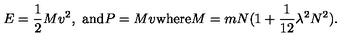
E = { \frac { 1 } { 2 } } M v ^ { 2 } , \ \mathrm { a n d } P = M v \mathrm { w h e r e } M = m N ( 1 + { \frac { 1 } { 1 2 } } \lambda ^ { 2 } N ^ { 2 } ) .